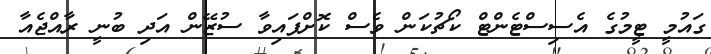
ގައުމީ ޓީމުގެ އެސިސްޓެންޓް ކޯޗުކަން ވެސް ކޮށްފައިވާ ސުޒޭން އަދި ބުނީ ރާއްޖެއާ